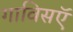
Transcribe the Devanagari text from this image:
गाविसऍ